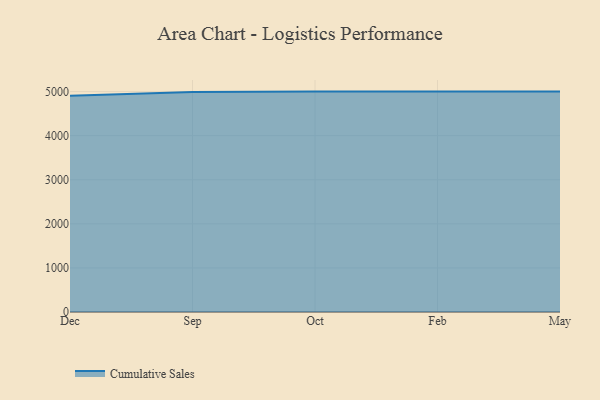
{"axis": {"x": "Month", "y": "Budget (USD K)"}, "legend": ["Cumulative Sales"], "data": [{"x": "Dec", "y": 4906.9, "type": "Cumulative Sales"}, {"x": "Sep", "y": 4989.0, "type": "Cumulative Sales"}, {"x": "Oct", "y": 5000, "type": "Cumulative Sales"}, {"x": "Feb", "y": 5000, "type": "Cumulative Sales"}, {"x": "May", "y": 5000, "type": "Cumulative Sales"}]}